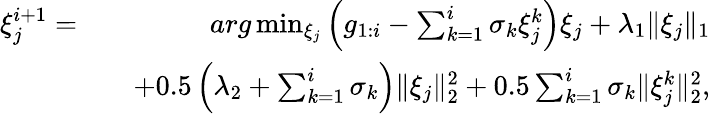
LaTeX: \begin{array}{rlr}{\xi_{j}^{i+1}=}&{}&{arg\operatorname*{min}_{\xi_{j}}\left(g_{1:i}-\sum_{k=1}^{i}\sigma_{k}\xi_{j}^{k}\right)\xi_{j}+\lambda_{1}\| \xi_{j}\| _{1}}\\ &{}&{+0.5\left(\lambda_{2}+\sum_{k=1}^{i}\sigma_{k}\right)\| \xi_{j}\| _{2}^{2}+0.5\sum_{k=1}^{i}\sigma_{k}\| \xi_{j}^{k}\| _{2}^{2},}\end{array}